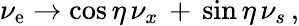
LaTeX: \nu_{\mathrm{e}}\to\cos\eta\, \nu_{x}\, +\, \sin\eta\, \nu_{s}\, ,